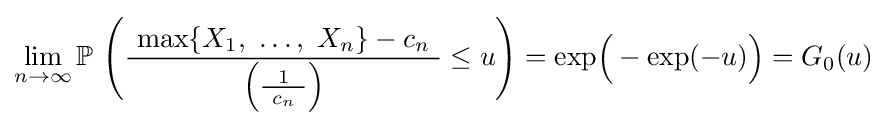
\lim _{n\to \infty }\mathbb {P} \ {\Biggl (}{\frac {\ \max\{X_{1},\ \ldots ,\ X_{n}\}-c_{n}\ }{\left({\frac {1}{~c_{n}\ }}\right)}}\leq u{\Biggr )}=\exp \!{\Bigl (}-\exp(-u){\Bigr )}=G_{0}(u)~